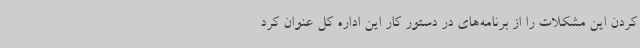
کردن این مشکلات را از برنامه‌های در دستور کار این اداره کل عنوان کرد